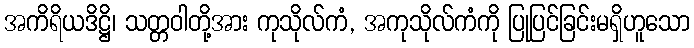
အကိရိယဒိဋ္ဌိ၊ သတ္တဝါတို့အား ကုသိုလ်ကံ, အကုသိုလ်ကံကို ပြုပြင်ခြင်းမရှိဟူသော